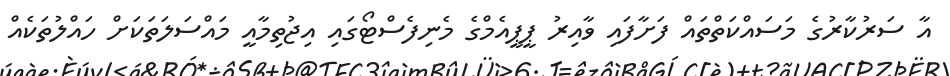
އާ ސަރުކާރުގެ މަސައްކަތްތައް ފަށާފައި ވާއިރު ޕީޕީއެމްގެ މެނިފެސްޓޯގައި އިޖުތިމާއީ މައްސަލަތަކަށް ހައްލުތަކެއް